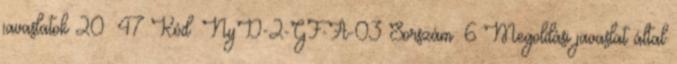
javaslatok 20 47 Kód: NyD-2-GF-A-03 Sorszám: 6 Megoldási javaslat által